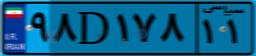
۹۸D۱۷۸۱۱